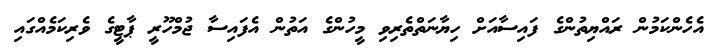
އެހެންކަމުން ރައްޔިތުންގެ ފައިސާއަށް ހިޔާނަތްތެރިވި މީހުންގެ އަތުން އެފައިސާ ޖުމްހޫރީ ޕާޓީގެ ވެރިކަމެއްގައި